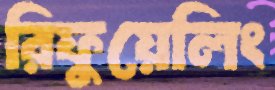
রিফুয়েলিং